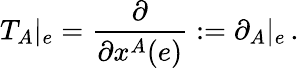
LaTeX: T_{A}|_{e}=\frac{\partial}{\partial x^{A}(e)}:=\partial_{A}|_{e}\, .